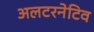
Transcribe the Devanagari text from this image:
अलटरनेटिव